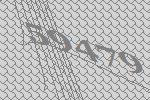
59479